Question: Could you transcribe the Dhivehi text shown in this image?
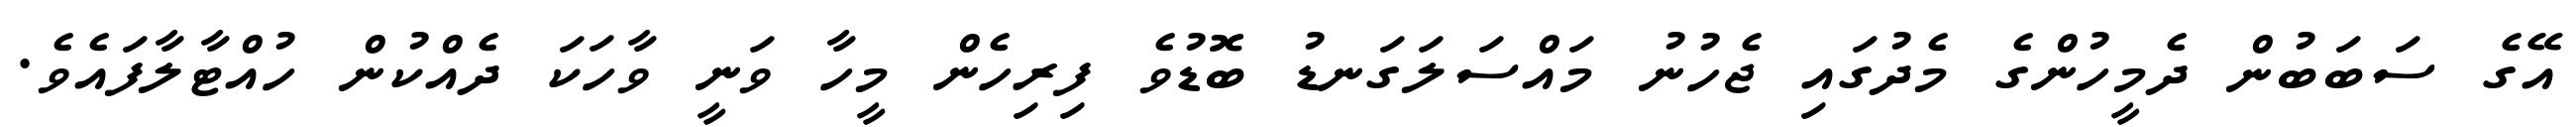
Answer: އޭގެ ސަބަބުން ދެމީހުންގެ މެދުގައި ޖެހުނު މައްސަލަގަނޑު ބޮޑުވެ ފިރިހެން މީހާ ވަނީ ވާހަކަ ދެއްކުން ހުއްޓާލާފައެވެ.